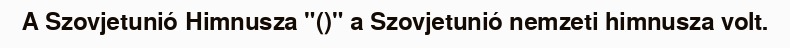
A Szovjetunió Himnusza "()" a Szovjetunió nemzeti himnusza volt.